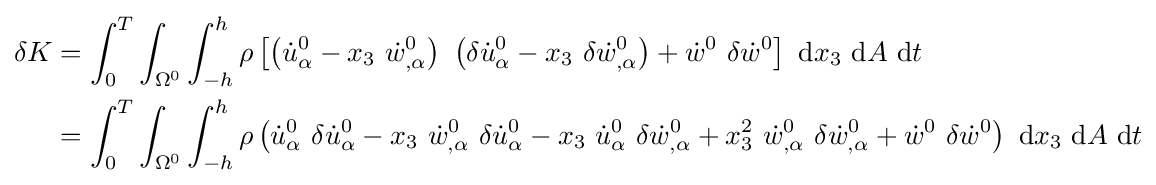
{\begin{aligned}\delta K&=\int _{0}^{T}\int _{\Omega ^{0}}\int _{-h}^{h}\rho \left[\left({\dot {u}}_{\alpha }^{0}-x_{3}~{\dot {w}}_{,\alpha }^{0}\right)~\left(\delta {\dot {u}}_{\alpha }^{0}-x_{3}~\delta {\dot {w}}_{,\alpha }^{0}\right)+{\dot {w}}^{0}~\delta {\dot {w}}^{0}\right]~\mathrm {d} x_{3}~\mathrm {d} A~\mathrm {d} t\\&=\int _{0}^{T}\int _{\Omega ^{0}}\int _{-h}^{h}\rho \left({\dot {u}}_{\alpha }^{0}~\delta {\dot {u}}_{\alpha }^{0}-x_{3}~{\dot {w}}_{,\alpha }^{0}~\delta {\dot {u}}_{\alpha }^{0}-x_{3}~{\dot {u}}_{\alpha }^{0}~\delta {\dot {w}}_{,\alpha }^{0}+x_{3}^{2}~{\dot {w}}_{,\alpha }^{0}~\delta {\dot {w}}_{,\alpha }^{0}+{\dot {w}}^{0}~\delta {\dot {w}}^{0}\right)~\mathrm {d} x_{3}~\mathrm {d} A~\mathrm {d} t\end{aligned}}